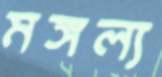
মঙ্গল্য